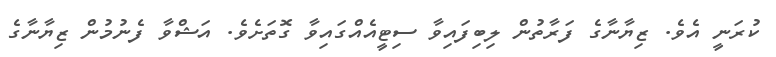
ކުރަނީ އެވެ. ޒިޔާނާގެ ފަރާތުން ލިބިފައިވާ ސިޓީއެއްގައިވާ ގޮތަށެވެ. އަޝްވާ ފެނުމުން ޒިޔާނާގެ